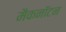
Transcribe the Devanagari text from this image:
मैकनॉटन